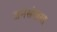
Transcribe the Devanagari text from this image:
जनसंखया